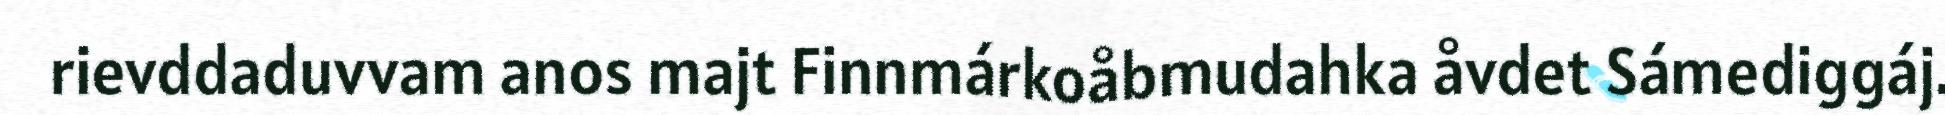
rievddaduvvam anos majt Finnmárkoåbmudahka åvdet Sámediggáj.